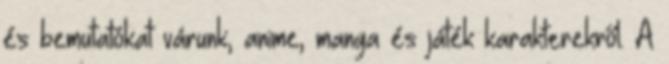
és bemutatókat várunk, anime, manga és játék karakterekről. A